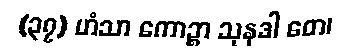
(၃၇) ဟံသာ ကောဉ္စာ သုနဒါ တေ၊